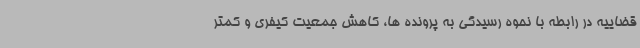
قضاییه در رابطه با نحوه رسیدگی به پرونده ها، کاهش جمعیت کیفری و کمتر